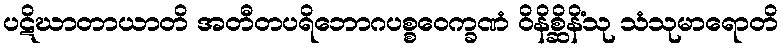
ပဋိဃာတာယာတိ အတီတပရိဘောဂပစ္စဝေက္ခဏံ ဝိနိစ္ဆိနိံသု သံသုမာရောတိ